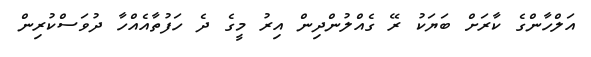
އަލްހާންގެ ކާރަށް ބަޔަކު ރޭ ގެއްލުންދިން އިރު މީގެ ދެ ހަފުތާއެއްހާ ދުވަސްކުރިން